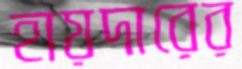
হায়দারের